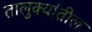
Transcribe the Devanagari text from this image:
तालुक्‍यांतील